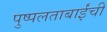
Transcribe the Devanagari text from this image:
पुष्पलताबाईंची